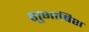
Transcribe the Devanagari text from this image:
शुभाषिश